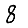
Digit: 8